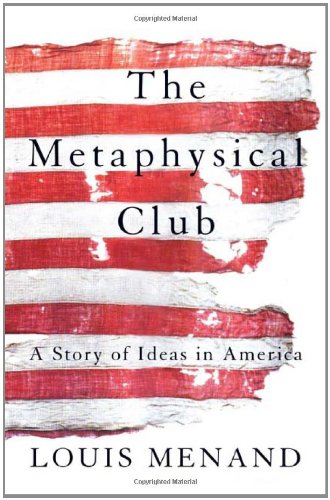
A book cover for The Metaphysical Club: A Story of Ideas in America; Louis Menand; Politics & Social Sciences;